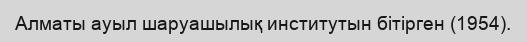
Алматы ауыл шаруашылық институтын бітірген (1954).